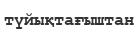
түйықтағыштан